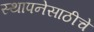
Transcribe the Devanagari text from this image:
स्थापनेसाठीचे